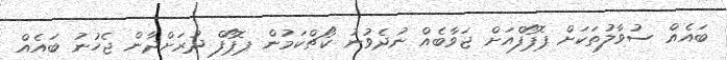
ބައެއް ސުވާލުތަކަށް ޕޮޕޯފްއަށް ޖަވާބެއް ނުދެވުނު ކޯޗްކަމުން ޕޮޕޯފް ދުރަށްދާން ޖެހުނު ބައެއް